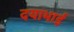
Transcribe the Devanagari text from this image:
दयाभाई